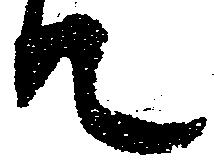
て